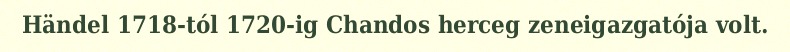
Händel 1718-tól 1720-ig Chandos herceg zeneigazgatója volt.